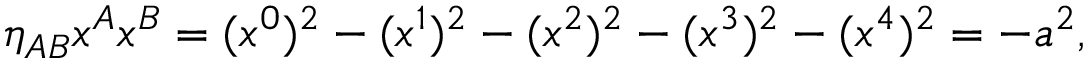
\eta _ { A B } x ^ { A } x ^ { B } = ( x ^ { 0 } ) ^ { 2 } - ( x ^ { 1 } ) ^ { 2 } - ( x ^ { 2 } ) ^ { 2 } - ( x ^ { 3 } ) ^ { 2 } - ( x ^ { 4 } ) ^ { 2 } = - a ^ { 2 } ,